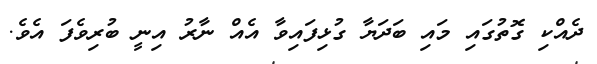
ދެއްކި ގޮތުގައި މައި ބަދަޔާ ގުޅިފައިވާ އެއް ނާރު އިނީ ބުރިވެފަ އެވެ.